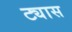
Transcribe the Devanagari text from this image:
ट्यास